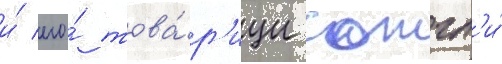
и́ его́ това́р'ищи сожгл'и́